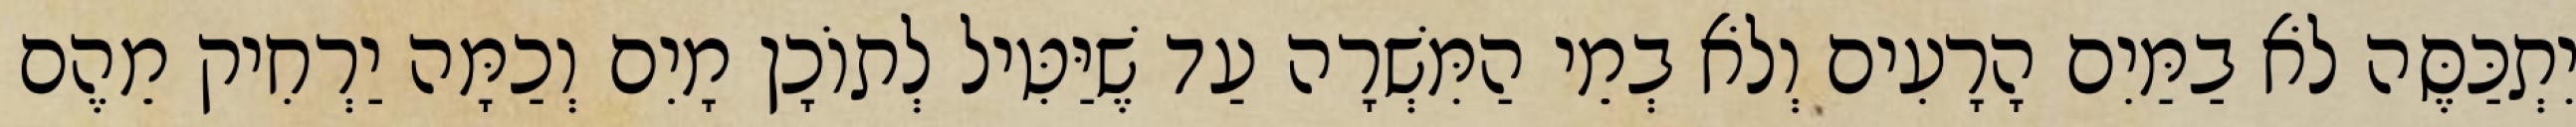
יִתְכַּסֶּה לֹא בַמַּיִם הָרָעִים וְלֹא בְמֵי הַמִּשְׁרָה עַד שֶׁיַּטִּיל לְתוֹכָן מָיִם וְכַמָּה יַרְחִיק מֵהֶם